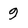
Character: 9